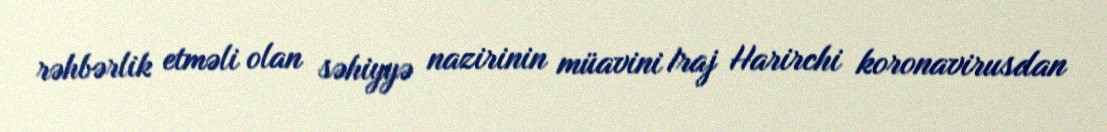
rəhbərlik etməli olan səhiyyə nazirinin müavini Iraj Harirchi koronavirusdan